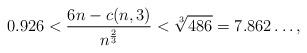
LaTeX: \begin{align*}0.926<\frac{6n-c(n,3)}{n^{\frac{2}{3}}}< \sqrt[3]{486}=7.862\dots ,\end{align*}